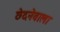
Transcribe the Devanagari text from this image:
छेदनेवाला